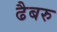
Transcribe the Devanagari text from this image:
ढैबरु